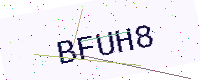
Text: BFUH8